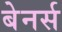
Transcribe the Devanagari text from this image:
बेनर्स